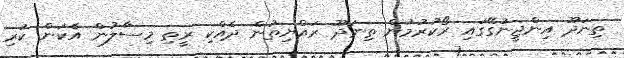
ތިނަދޫ އިންޖީނުގޭގައި ރޯކުރުމުން ތިނަދޫ ރައްޔިތުން ދެއްކި ރީތި މިސާލުން އެކަން ކުރި